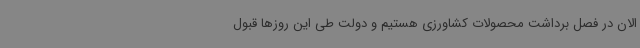
الان در فصل برداشت محصولات کشاورزی هستیم و دولت طی این روزها قبول